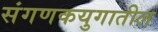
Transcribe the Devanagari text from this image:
संगणकयुगातील